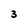
Character: 3